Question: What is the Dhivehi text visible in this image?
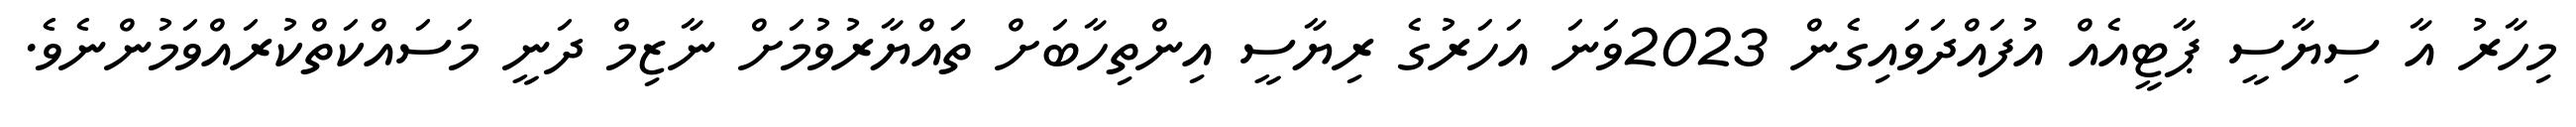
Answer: މިހާރު އާ ސިޔާސީ ޕާޓީއެއް އުފައްދަވައިގެން 2023ވަނަ އަހަރުގެ ރިޔާސީ އިންތިހާބަށް ތައްޔާރުވުމަށް ނާޒިމް ދަނީ މަސައްކަތްކުރައްވަމުންނެވެ.